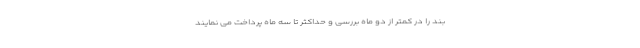
بند را در کمتر از دو ماه بررسی و حداکثر تا سه ماه پرداخت می نمایند